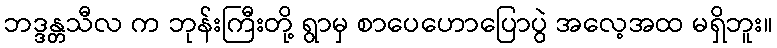
ဘဒ္ဒန္တသီလ က ဘုန်းကြီးတို့ ရွာမှ စာပေဟောပြောပွဲ အလေ့အထ မရှိဘူး။